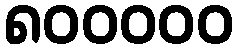
၈၀၀၀၀၀